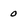
Character: 0